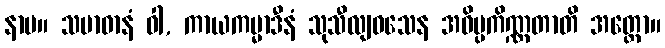
နာမ။ သမာဓာနံ ဝါ, ကာယကမ္မာဒီနံ သုသီလျဝသေန အဝိပ္ပကိဏ္ဏတာတိ အတ္ထော။